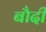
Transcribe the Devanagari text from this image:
बौदी